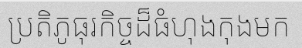
ប្រតិភូធុរកិច្ចដ៏ធំហុងកុងមក